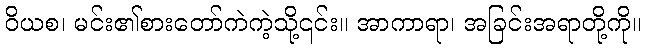
ဝိယစ၊ မင်း၏စားတော်ကဲကဲ့သို့၎င်း။ အာကာရာ၊ အခြင်းအရာတို့ကို။